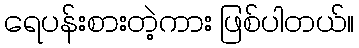
ရေပန်းစားတဲ့ကား ဖြစ်ပါတယ်။